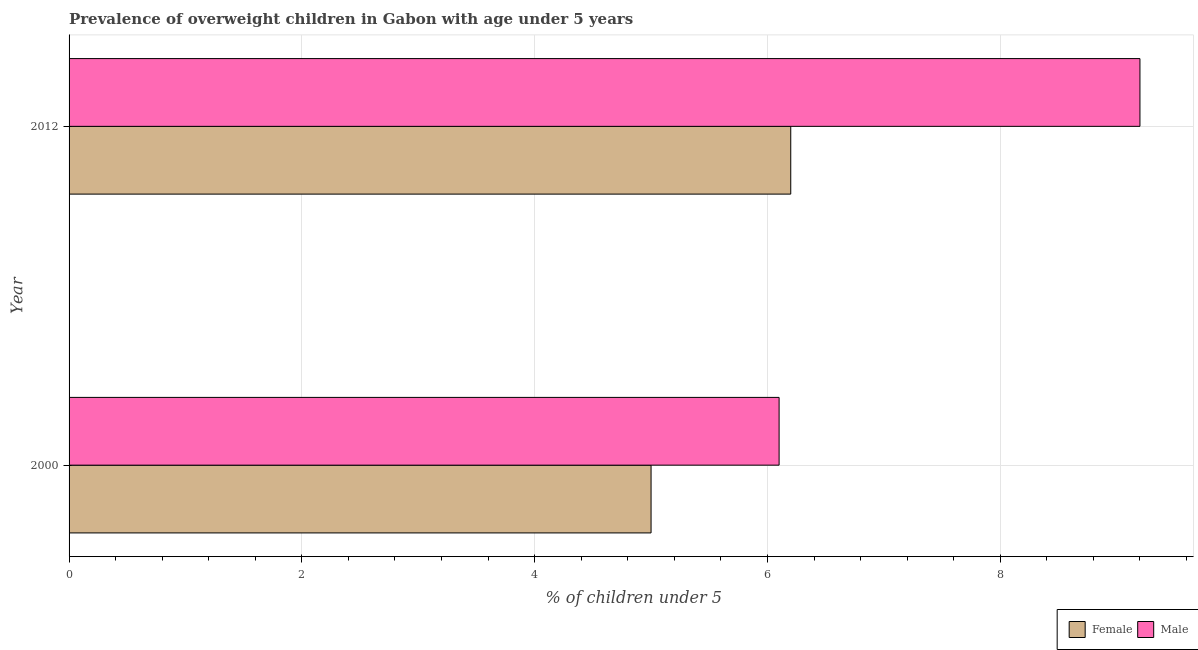
| Year | Female | Male |
 | --- | --- | --- |
 | 2000 | 5 | 6.1 |
 | 2012 | 6.2 | 9.2 |